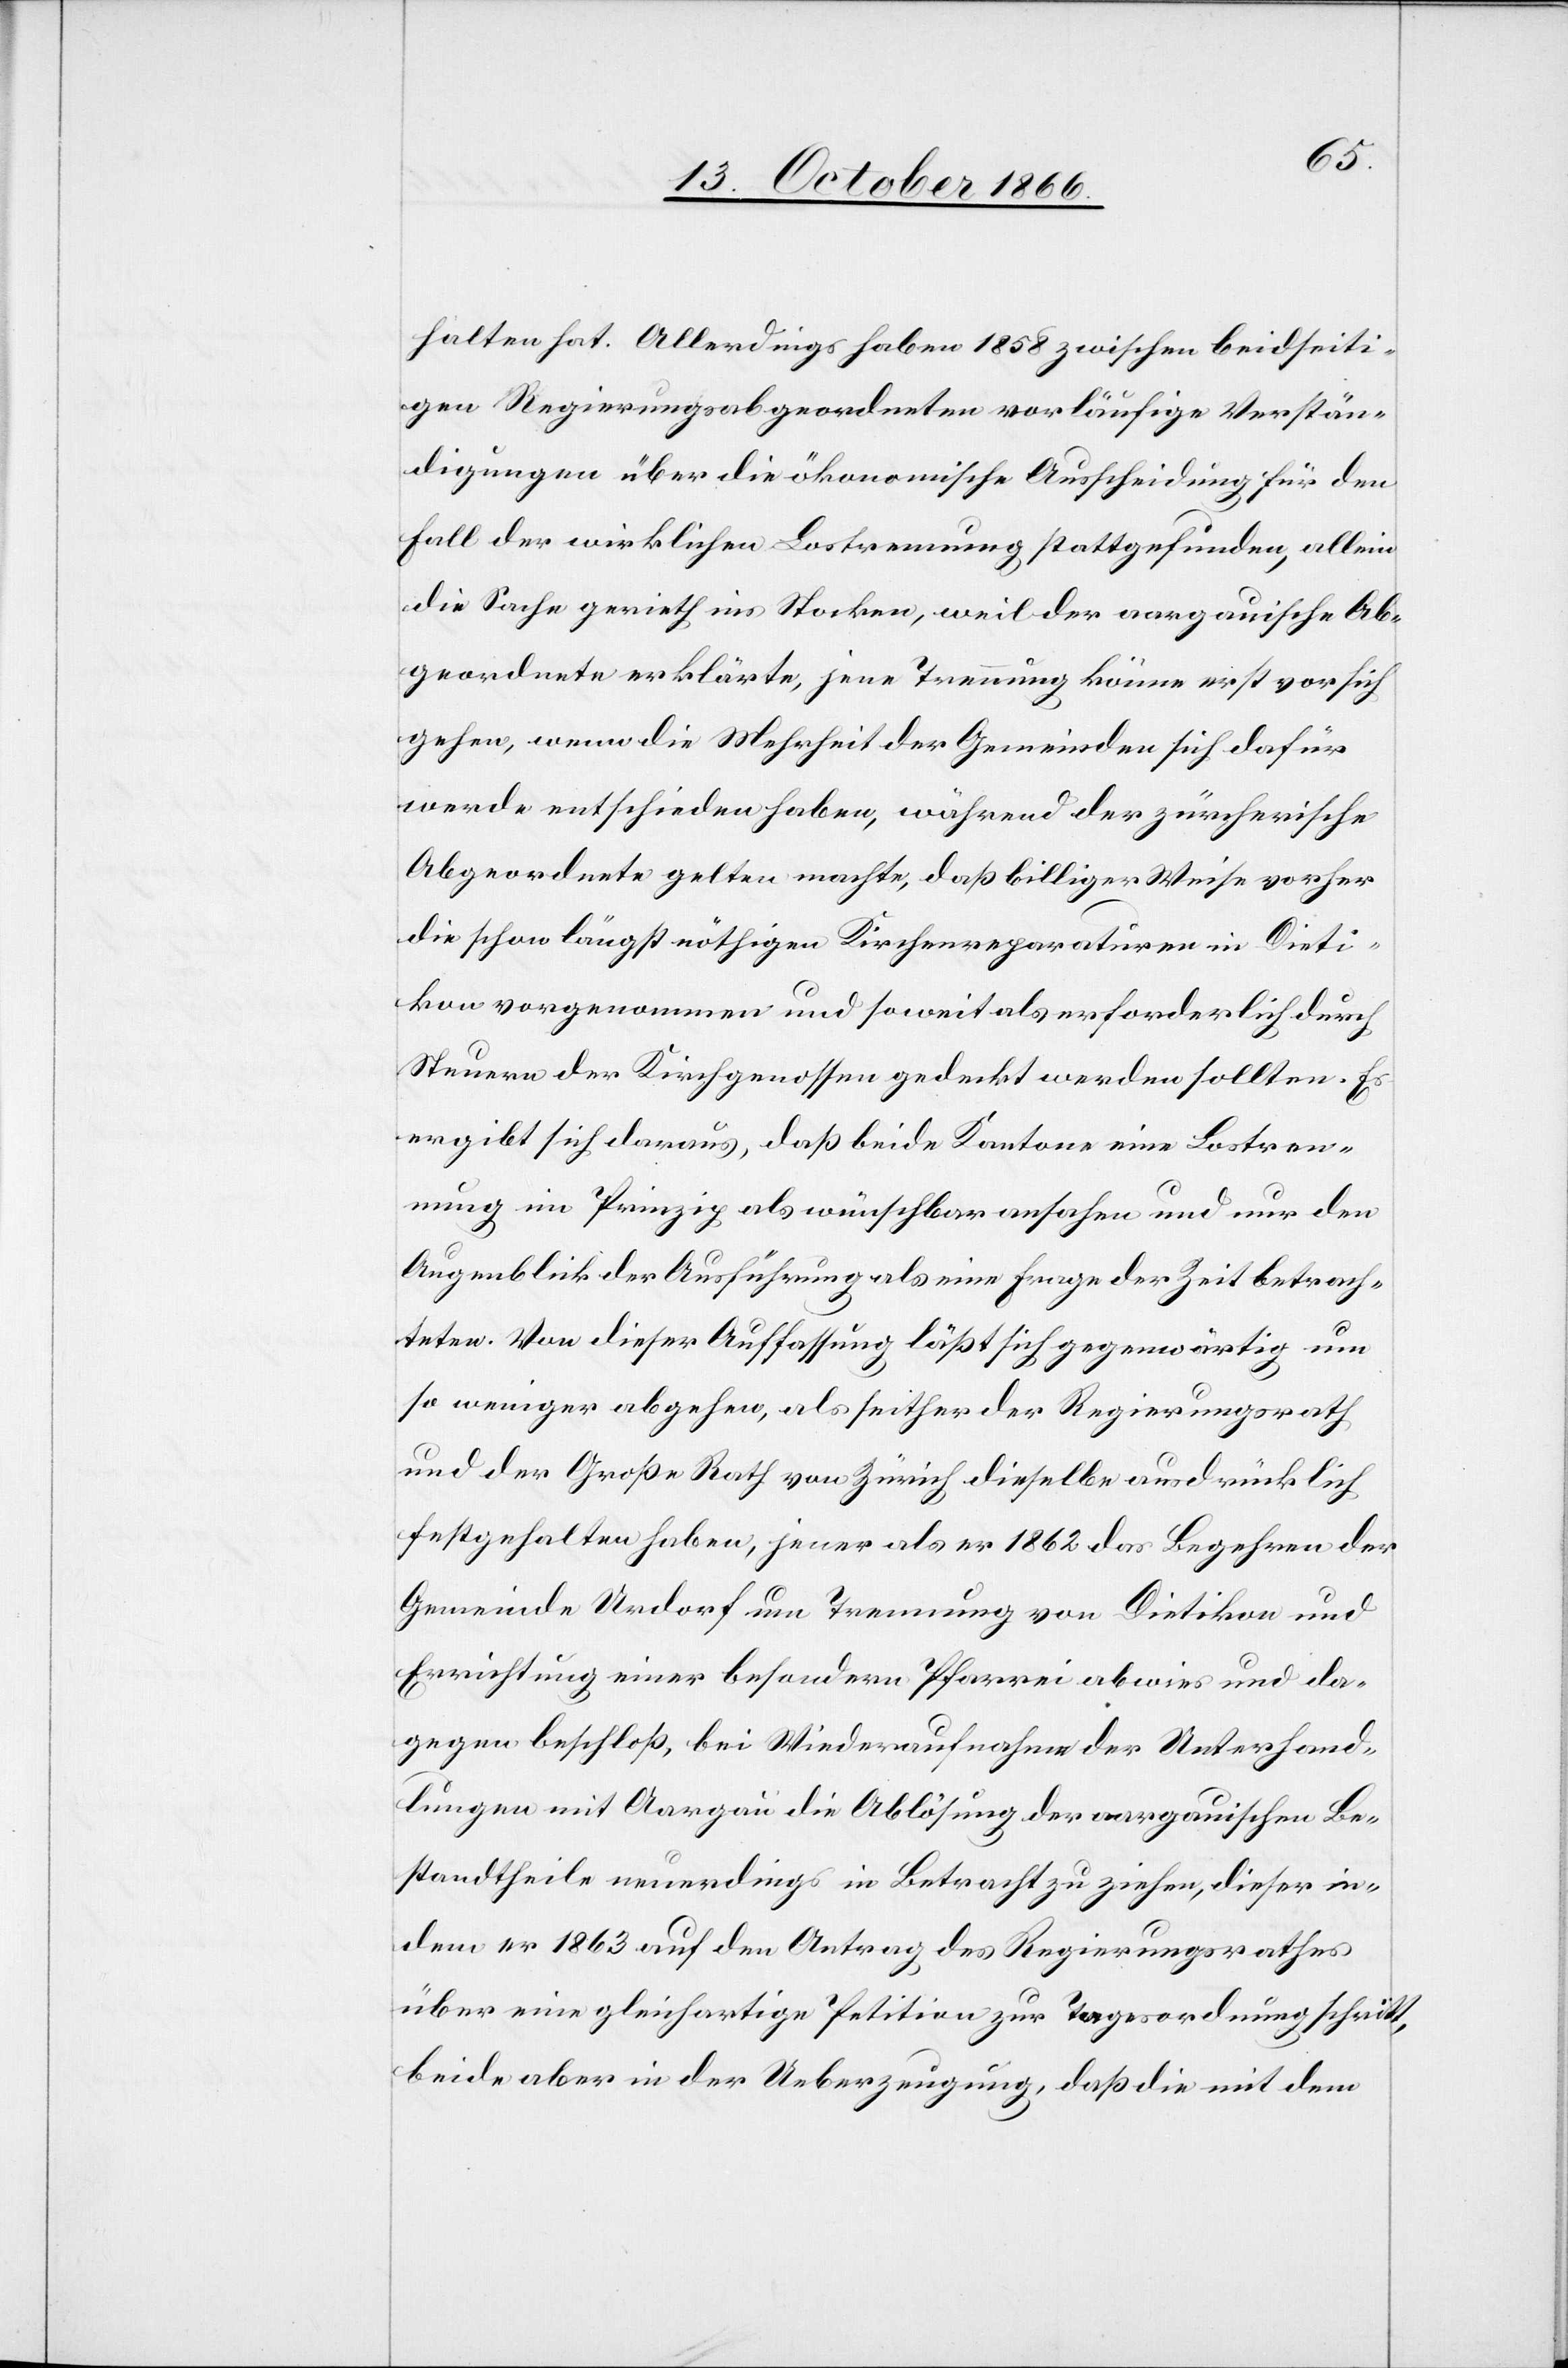
halten hat. Allerdings haben 1858 zwischen beidseiti¬
gen Regierungsabgeordneten vorläufige Verstän¬
digungen über die ökonomische Ausscheidung für den
Fall der wirklichen Lostrennung stattgefunden, allein
die Sache gerieth ins Stocken, weil der aargauische Ab¬
geordnete erklärte, jene Trennung könne erst vor sich
gehen, wenn die Mehrheit der Gemeinden sich dafür
werde entschieden haben, während der zürcherische
Abgeordnete gelten[d] machte, daß billiger Weise vorher
die schon längst nöthigen Kirchenreparaturen in Dieti¬
kon vorgenommen und soweit als erforderlich durch
Steuern der Kirchgenossen gedeckt werden sollten. Es
ergibt sich daraus, daß beide Kantone eine Lostren¬
nung im Prinzip als wünschbar ansahen und nur den
Augenblick der Ausführung als eine Frage der Zeit betrach¬
teten. Von dieser Auffassung läßt sich gegenwärtig um
so weniger abgehen, als seither der Regierungsrath
und der Große Rath von Zürich dieselbe ausdrücklich
festgehalten haben, jener als er 1862 das Begehren der
Gemeinde Urdorf um Trennung von Dietikon und
Errichtung einer besondern Pfarrei abwies und da¬
gegen beschloß, bei Wiederaufnahme der Unterhand¬
lungen mit Aargau die Ablösung der aargauischen Be¬
standtheile neuerdings in Betracht zu ziehen, dieser in¬
dem er 1863 auf den Antrag des Regierungsrathes
über eine gleichartige Petition zur Tagesordnung schritt,
beide aber in der Ueberzeugung, daß die mit dem